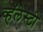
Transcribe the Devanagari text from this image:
व्हॅलेस्टी